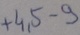
Text: +4,5-9